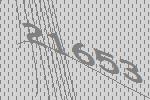
21653